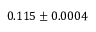
0 . 1 1 5 \pm 0 . 0 0 0 4